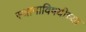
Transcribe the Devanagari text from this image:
स्थानाविषयीच्या